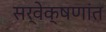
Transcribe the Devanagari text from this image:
सर्वेक्षणांत